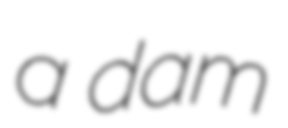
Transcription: a dam